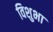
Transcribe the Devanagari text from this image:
विशुभा